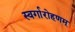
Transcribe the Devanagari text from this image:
स्वर्गारोहणम्